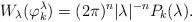
LaTeX: \begin{align*}W_\lambda(\varphi_k^\lambda) = (2\pi)^n |\lambda|^{-n} P_k(\lambda).\end{align*}